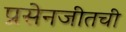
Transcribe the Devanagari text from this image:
प्रसेनजीतची